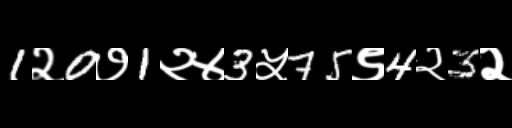
Text: 1२0७1२४3५75९4२3२